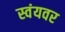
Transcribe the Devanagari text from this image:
स्वंयवर